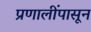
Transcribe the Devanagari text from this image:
प्रणालींपासून